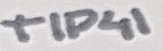
Text: TIP41